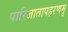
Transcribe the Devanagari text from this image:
पारिजातापहरणमु